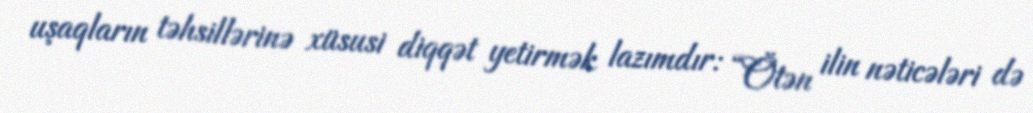
uşaqların təhsillərinə xüsusi diqqət yetirmək lazımdır: “Ötən ilin nəticələri də